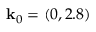
\mathbf { k } _ { 0 } = ( 0 , 2 . 8 )